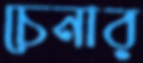
চেনার